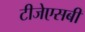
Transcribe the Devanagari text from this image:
टीजेएसबी